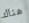
هناك